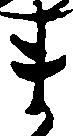
ま